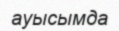
ауысымда